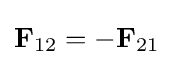
\mathbf {F} _{12}=-\mathbf {F} _{21}